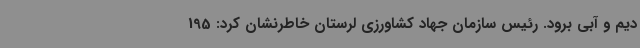
دیم و آبی برود. رئیس سازمان جهاد کشاورزی لرستان خاطرنشان کرد: 195